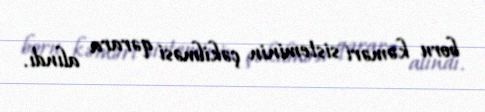
boru kəməri sisteminin çəkilməsi qərara alındı.